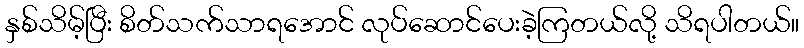
နှစ်သိမ့်ပြီး စိတ်သက်သာရအောင် လုပ်ဆောင်ပေးခဲ့ကြတယ်လို့ သိရပါတယ်။